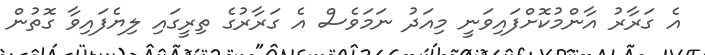
އެ ގަރާރު އާންމުކޮށްފައިވަނީ މިއަދު ނަމަވެސް އެ ގަރާރުގެ ތިރީގައި ލިޔެފައިވާ ގޮތުން